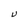
Character: U